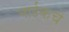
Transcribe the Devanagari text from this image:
नाईकचे